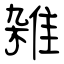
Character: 雑